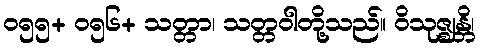
၀၅၅+ ၀၅၆+ သတ္တာ၊ သတ္တဝါတို့သည်။ ဝိသုဇ္ဈန္တိ၊